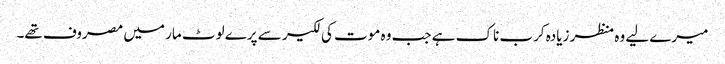
میرے لیے وہ منظر زیادہ کرب ناک ہے جب وہ موت کی لکیر سے پرے لوٹ مار میں مصروف تھے۔